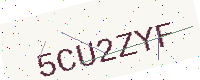
Text: 5CU2ZYF